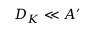
D _ { K } \ll A ^ { \prime }